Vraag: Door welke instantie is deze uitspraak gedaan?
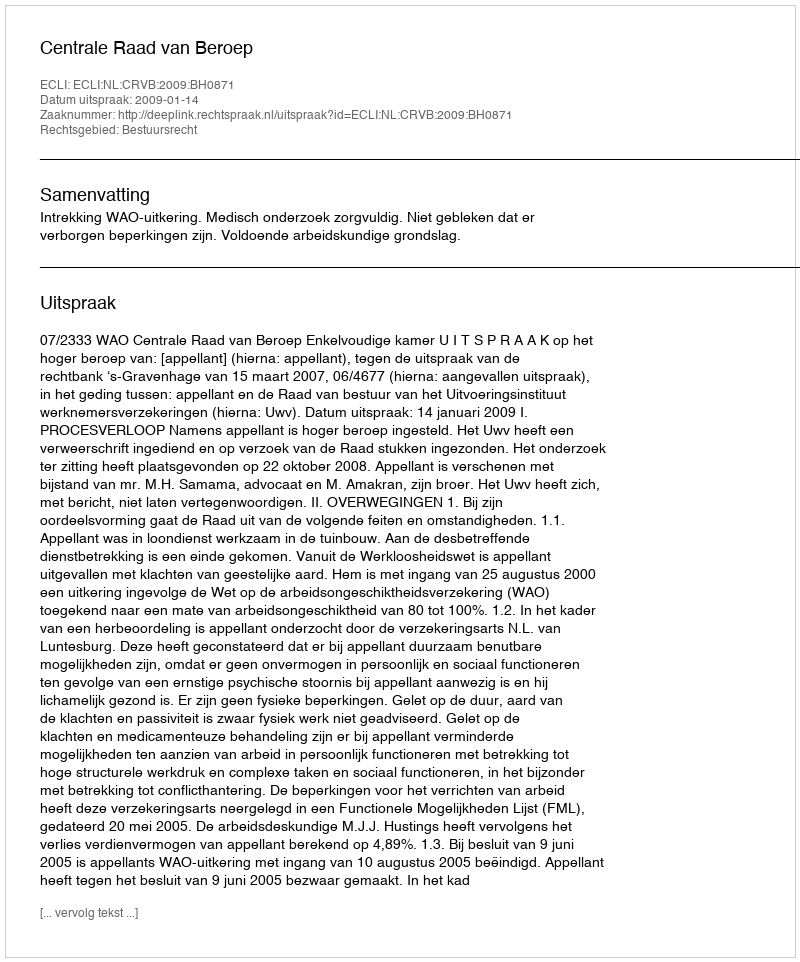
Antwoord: Centrale Raad van Beroep